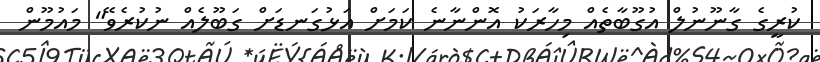
ކުރީގެ ގާނޫނުލް އުގޫބާތެއް މިހާރަކު އޮންނާނެ ކަމަށް އަޅުގަނޑަށް ގަބޫލެއް ނުކުރެވޭ" މައުމޫން